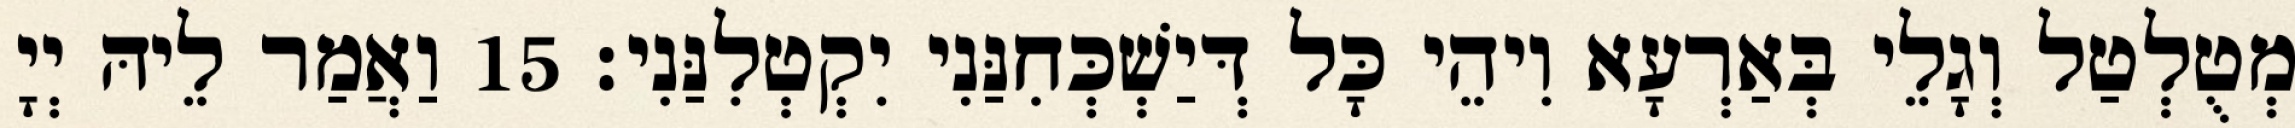
מְטֻלְטַל וְגָלֵי בְּאַרְעָא וִיהֵי כָּל דְּיַשְׁכְּחִנַּנִי יִקְטְלִנַּנִי׃ 15 וַאֲמַר לֵיהּ יְיָ